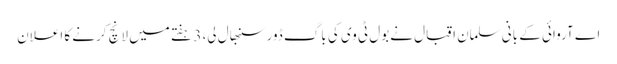
اے آروائی کے بانی سلمان اقبال نےبول ٹی وی کی باگ ڈورسنبھال لی، 3 ہفتے میں لانچ کرنے کا اعلان